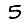
Digit: 5